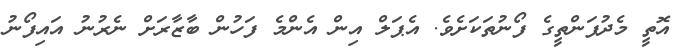
އޮތީ މެދުފަންތީގެ ފޯނުތަކަށެވެ. އެޕަލް އިން އެންމެ ފަހުން ބާޒާރަށް ނެރުނު އައިފޯނު